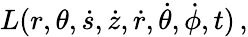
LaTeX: L(r,\theta,{\dot{s}},{\dot{z}},{\dot{r}},{\dot{\theta}},{\dot{\phi}},t)\, ,